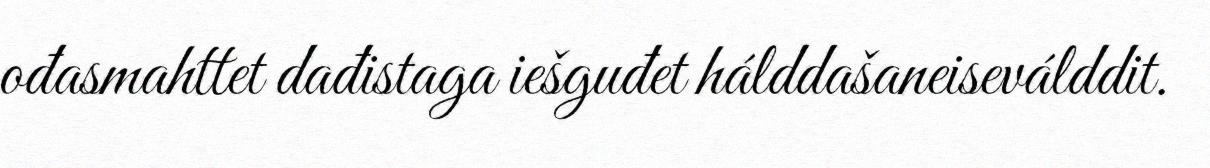
ođasmahttet dađistaga iešguđet hálddašaneiseválddit.